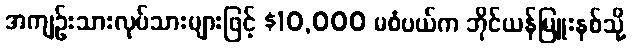
အကျဉ်းသားလုပ်သားများဖြင့် $10,000 မစံပယ်က ဘိုင်ယန်မြူးနစ်သို့